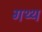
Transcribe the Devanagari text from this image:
गथ्थ